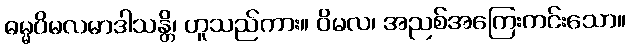
ဓမ္မဝိမလမာဒါသန္တိ၊ ဟူသည်ကား။ ဝိမလ၊ အညစ်အကြေးကင်းသော။